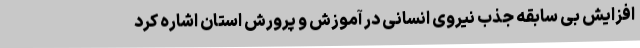
افزایش بی سابقه جذب نیروی انسانی در آموزش و پرورش استان اشاره کرد